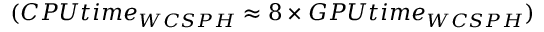
( C P U t i m e _ { W C S P H } \approx 8 \times G P U t i m e _ { W C S P H } )